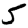
Digit: 5